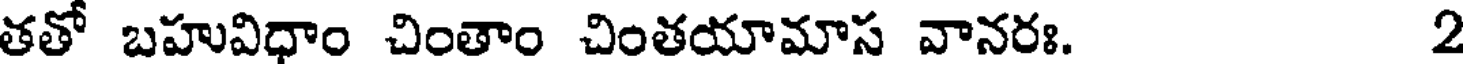
తతో బహువిధాం చింతాం చింతయామాస వానరః. 2